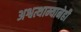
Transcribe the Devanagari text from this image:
अश्वत्थाम्यानेही